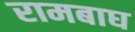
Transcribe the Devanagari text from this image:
रामबाघ